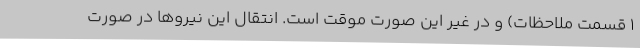
۱ قسمت ملاحظات) و در غیر این صورت موقت است. انتقال این نیروها در صورت